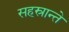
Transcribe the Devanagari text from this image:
सहस्रान्ते